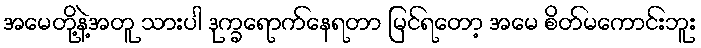
အမေတို့နဲ့အတူ သားပါ ဒုက္ခရောက်နေရတာ မြင်ရတော့ အမေ စိတ်မကောင်းဘူး